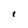
Character: l